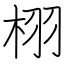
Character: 栩